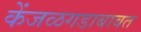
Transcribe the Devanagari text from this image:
केंजळगडाबाबत